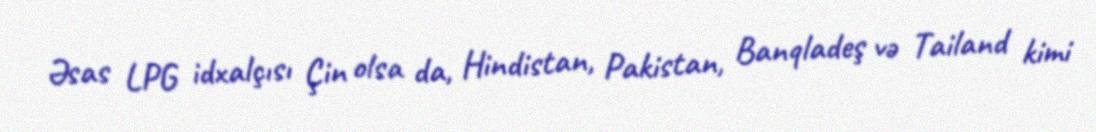
Əsas LPG idxalçısı Çin olsa da, Hindistan, Pakistan, Banqladeş və Tailand kimi